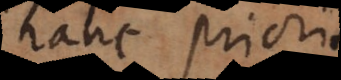
hanc prioris